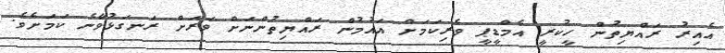
އެއިރު ރައްޔިތުން ހީކުރީ އެމްޑީޕީ ވެރިކަމަށް އައުމުން ރައްޔިތުންނަށް ވަރަށް ރަނގަޅުވާނެ ކަމަށެވެ.